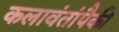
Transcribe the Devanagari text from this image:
कलावंतांपैकी